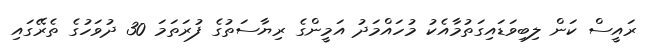
ރައީސް ކަން ލިބިވަޑައިގަތުމާއެކު މުހައްމަދު އަމީންގެ ރިޔާސަތުގެ ފުރަތަމަ 30 ދުވަހުގެ ތެރޭގައި